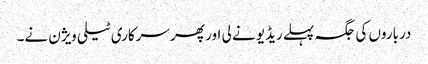
درباروں کی جگہ پہلے ریڈیو نے لی اور پھر سرکاری ٹیلی ویژن نے۔